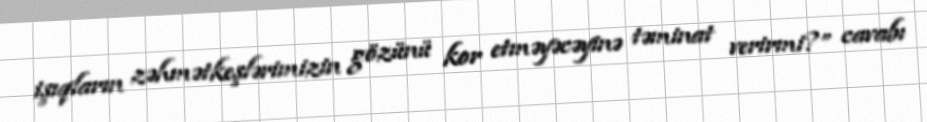
işıqların zəhmətkeşlərimizin gözünü kor etməyəcəyinə təminat verirmi?” cavabı